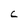
Character: C